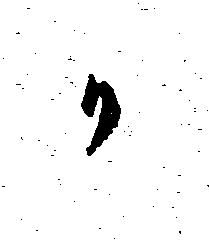
か